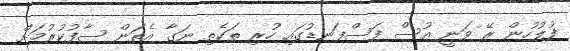
ފުލުހުން ރޭ ވަނީ އުސް ފަސްފަނޑުގައި ހުރި ތަކެތި ނަގާ އެތަން ސާފުކުރުމަށް